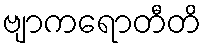
ဗျာကရောတီတိ